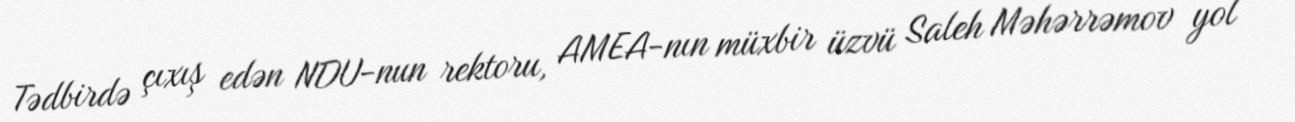
Tədbirdə çıxış edən NDU-nun rektoru, AMEA-nın müxbir üzvü Saleh Məhərrəmov yol